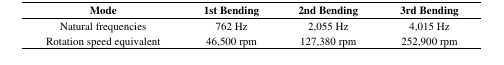
| Mode | 1st Bending | 2nd Bending | 3rd Bending |
 | --- | --- | --- | --- |
 | Natural frequencies | 762 Hz | 2,055 Hz | 4,015 Hz |
 | Rotation speed equivalent | 46,500 rpm | 127,380 rpm | 252,900 rpm |